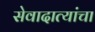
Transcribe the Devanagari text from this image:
सेवादात्यांचा